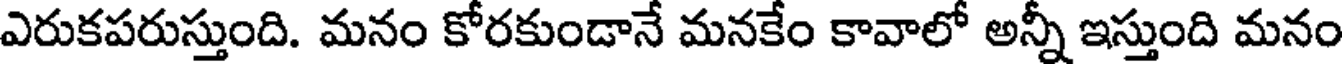
ఎరుకపరుస్తుంది. మనం కోరకుండానే మనకేం కావాలో అన్నీ ఇస్తుంది మనం